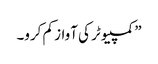
” کمپیوٹر کی آواز کم کرو۔